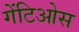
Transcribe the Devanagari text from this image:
गेंटिओस